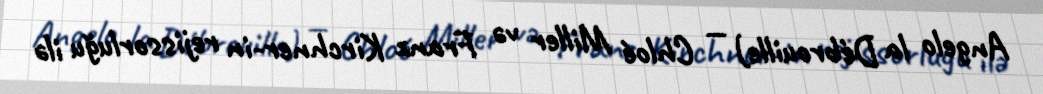
Angelo la Débrouille) — Chloé Miller və Franz Kirchner-in rejissorluğu ilə